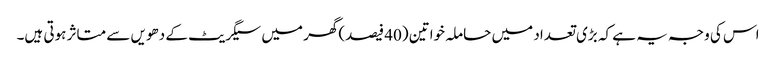
اس کی وجہ یہ ہے کہ بڑی تعداد میں حاملہ خواتین (40 فیصد)گھر میں سیگریٹ کے دھویں سے متاثر ہوتی ہیں۔